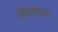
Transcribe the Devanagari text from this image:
लगे।इलाहाबाद